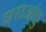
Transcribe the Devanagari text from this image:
घराआंतु